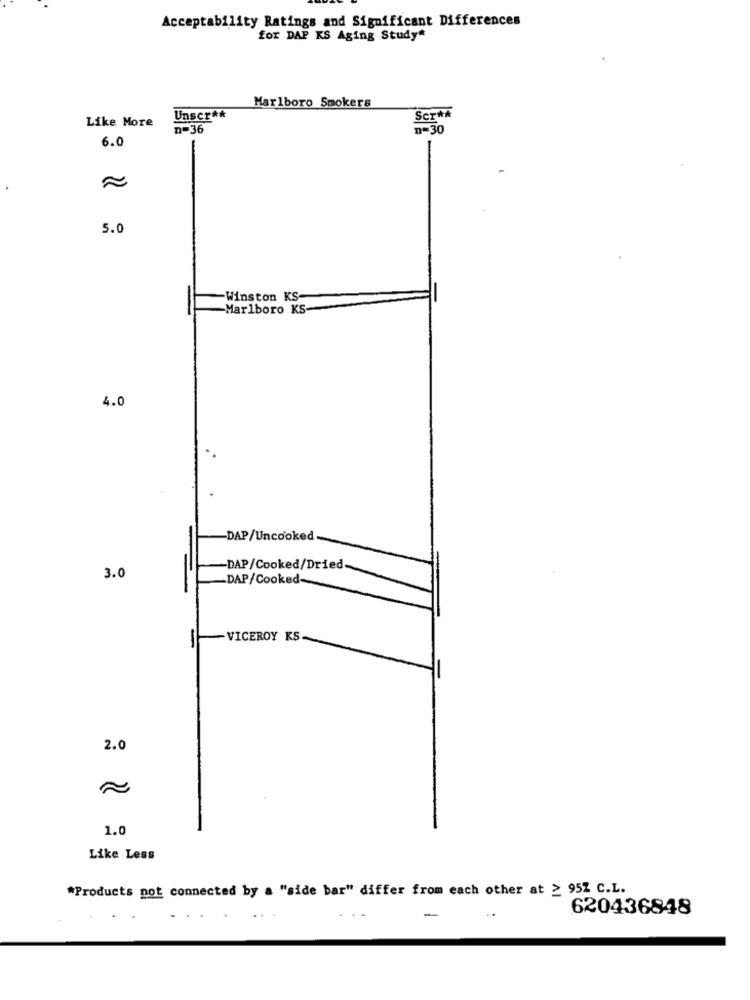
Acceptability Ratings and Significant Differences
for DAP KS Aging Study"
Marlboro Smokers
Like More
Unser **
SCT **
n=36
n=30
6.0
5.0
Winston KS
-Marlboro KS-
4.0
-DAP/Uncooked
-DAP/Cooked/Dried.
3.0
DAP/Cooked-
VICEROY KS-
-
-
2.0
1.0
Like Less
*Products not connected by a "side bar" differ from each other at > 952 C.L.
-
620436848
.